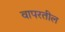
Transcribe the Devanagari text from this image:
वापरतील